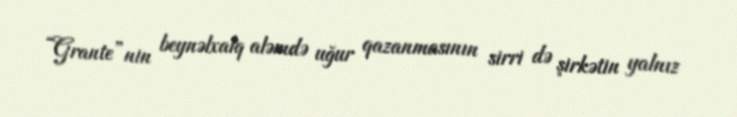
“Grante”nin beynəlxalq aləmdə uğur qazanmasının sirri də şirkətin yalnız